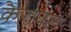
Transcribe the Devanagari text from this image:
कैरावल